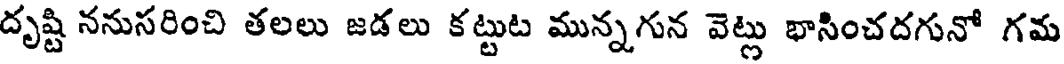
దృష్టి ననుసరించి తలలు జడలు కట్టుట మున్నగున వెట్లు భాసించదగునో గమ